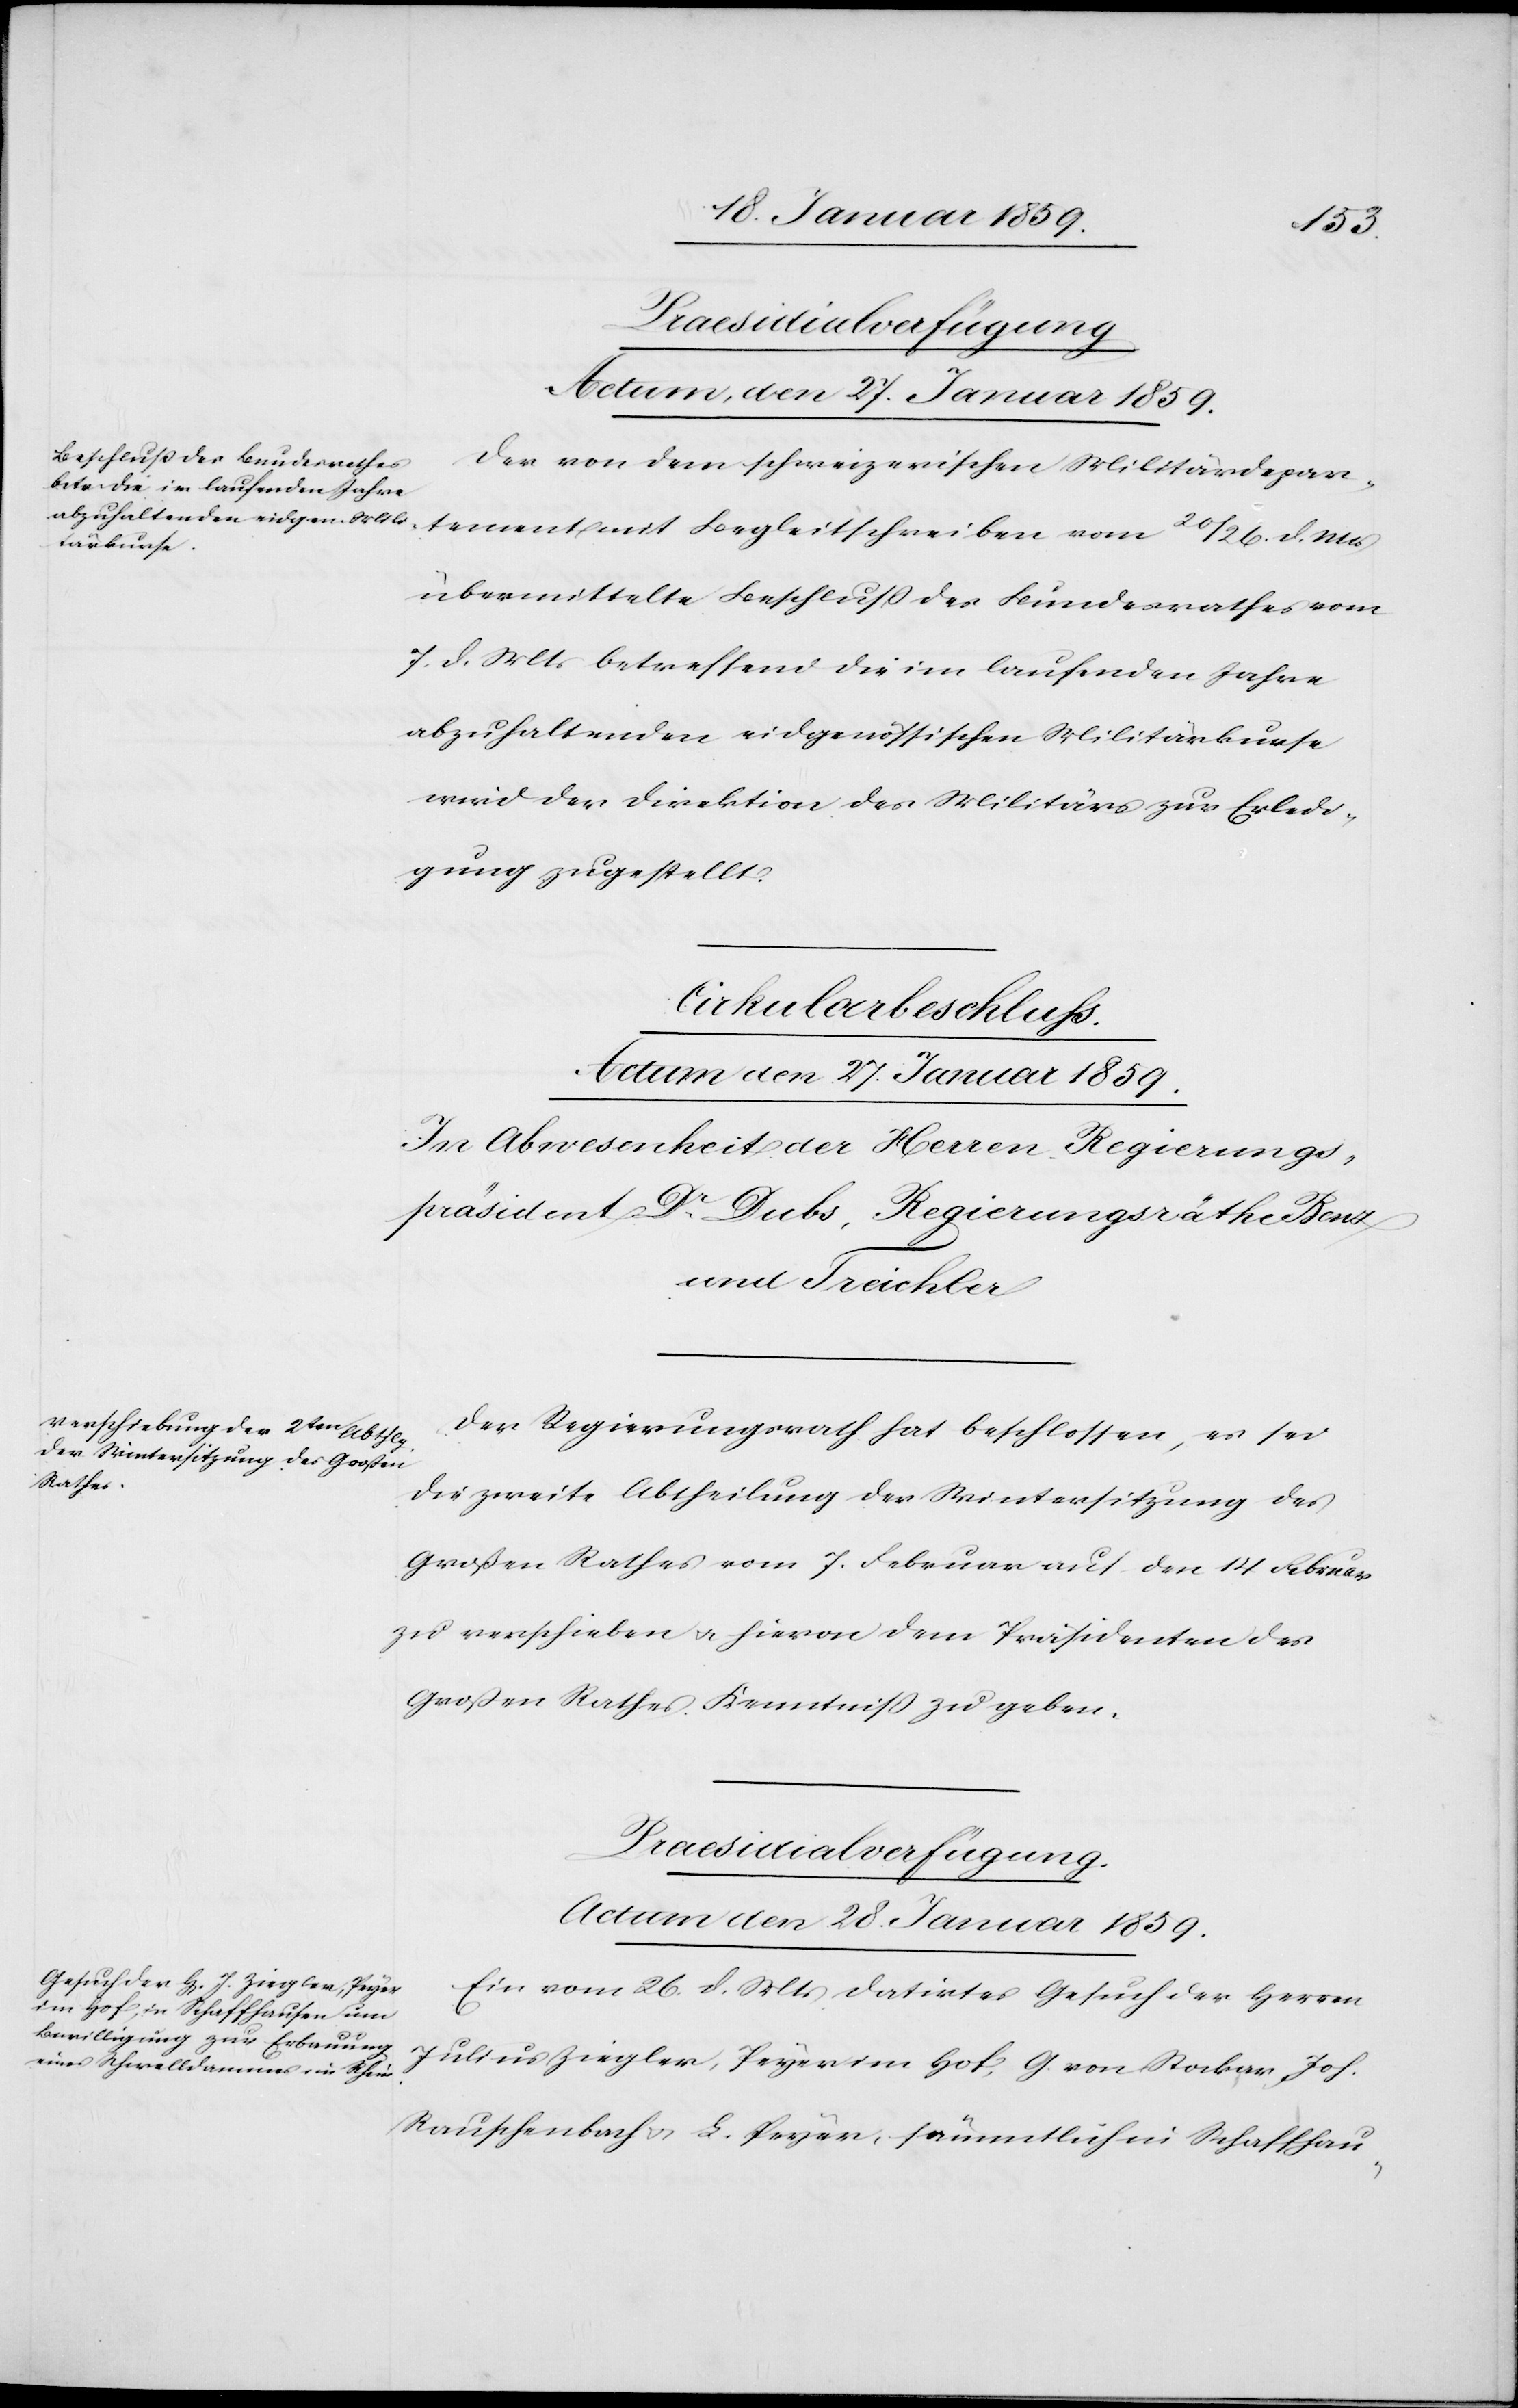
Der von dem schweizerischen Militärdepar¬
tement mit Begleitschreiben vom 20 / 26. d. Mts
übermittelte Beschluß des Bundesrathes vom
7. d. Mts betreffend die im laufenden Jahre
abzuhaltenden eidgenössischen Militärkurse
wird der Direktion des Militärs zur Erledi¬
gung zugestellt.
Cirkularbeschluss.
Actum den 27. Januar 1859.
In Abwesenheit der Herren Regierungs¬
präsident Dr. Dubs, Regierungsräthe Benz
und Treichler.
Der Regierungsrath hat beschlossen, es sei
die zweite Abtheilung der Wintersitzung des
Großen Rathes vom 7. Februar auf den 14. Februar
zu verschieben u. hievon dem Präsidenten des
Großen Rathes Kenntniß zu geben.
Praesidialverfügung.
Actum den 28. Januar 1859.
Ein vom 26. d. Mts datirtes Gesuch der Herren
Julius Ziegler, Peyer im Hof, G. von Stocker, Joh.
Rauschenbach u. L. Peyer, sämmtlich in Schaffhau-